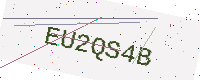
Text: EU2QS4B